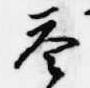
答